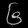
Digit: ၆